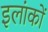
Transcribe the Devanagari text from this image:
इलांकों